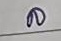
ล